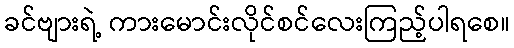
ခင်ဗျားရဲ့ ကားမောင်းလိုင်စင်လေးကြည့်ပါရစေ။